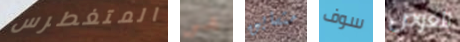
المتغطرس هي متسابق سوف للغوص